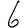
Digit: 6